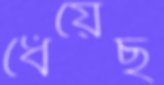
ধেয়েছ